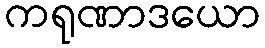
ကရုဏာဒယော